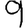
Digit: 9